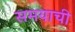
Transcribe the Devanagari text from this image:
समयाची